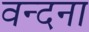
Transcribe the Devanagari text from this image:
वन्‍दना